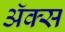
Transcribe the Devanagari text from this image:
अॅक्स